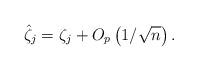
LaTeX: \begin{align*}\hat \zeta_j=\zeta_j+O_p\left( 1/\sqrt{n} \right).\end{align*}